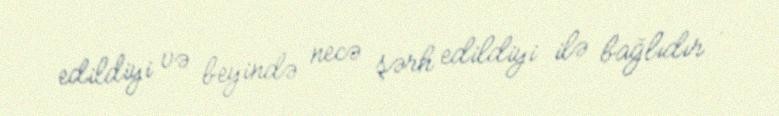
edildiyi və beyində necə şərh edildiyi ilə bağlıdır .